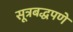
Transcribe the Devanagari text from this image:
सूत्रबद्धपणे